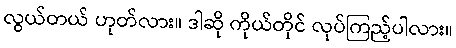
လွယ်တယ် ဟုတ်လား။ ဒါဆို ကိုယ်တိုင် လုပ်ကြည့်ပါလား။